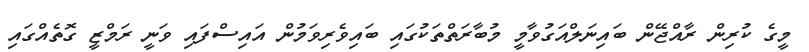
މީގެ ކުރިން ރާއްޖޭން ބައިނަލްއަގުވާމީ މުބާރަތްތަކުގައި ބައިވެރިވަމުން އައިސްފައި ވަނީ ރަމްޒީ ގޮތެއްގައި